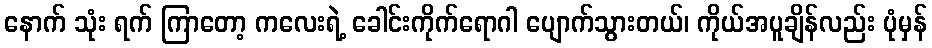
နောက် သုံး ရက် ကြာတော့ ကလေးရဲ့ ခေါင်းကိုက်ရောဂါ ပျောက်သွားတယ်၊ ကိုယ်အပူချိန်လည်း ပုံမှန်